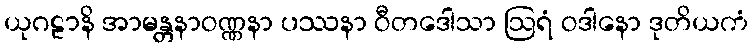
ယုဂဠာနိ အာမန္တနာဝဏ္ဏနာ ပဿနာ ဝီတဒေါသာ ဩရံ ဝဒါနော ဒုတိယကံ